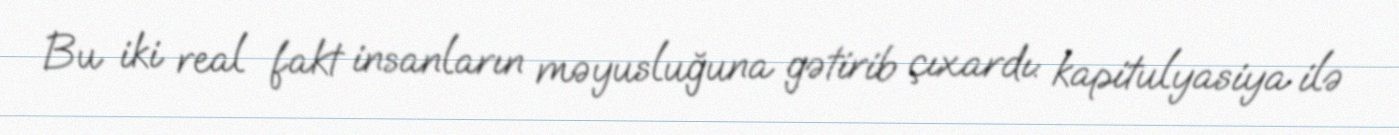
Bu iki real fakt insanların məyusluğuna gətirib çıxardı: kapitulyasiya ilə